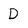
Character: D